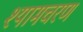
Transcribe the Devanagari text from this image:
श्यामचरण